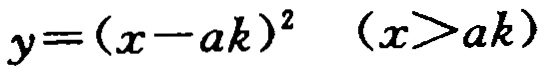
\(y=(x - ak)^2\quad (x>ak)\)